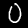
Label: 0